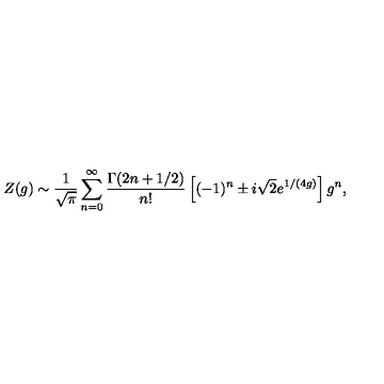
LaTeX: Z ( g ) \sim { \frac { 1 } { \sqrt { \pi } } } \sum _ { n = 0 } ^ { \infty } { \frac { \Gamma ( 2 n + 1 / 2 ) } { n ! } } \left[ ( - 1 ) ^ { n } \pm i \sqrt { 2 } e ^ { 1 / ( 4 g ) } \right] g ^ { n } ,